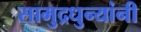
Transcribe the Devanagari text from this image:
सामुद्रधुन्यांनी